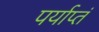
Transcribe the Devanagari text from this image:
पर्याप्तं